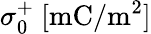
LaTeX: \sigma_{0}^{+}~[\mathrm{mC/m^{2}}]